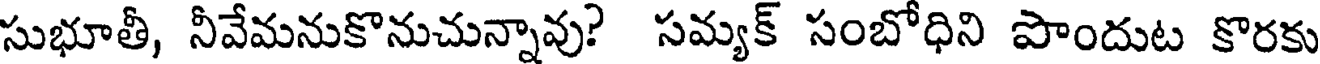
సుభూతీ, నీవేమనుకొనుచున్నావు? సమ్యక్ సంబోధిని పొందుట కొరకు